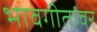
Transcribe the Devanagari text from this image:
भावगीतांवर